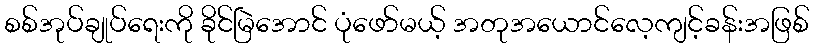
စစ်အုပ်ချုပ်ရေးကို ခိုင်မြဲအောင် ပုံဖော်မယ့် အတုအယောင်လေ့ကျင့်ခန်းအဖြစ်